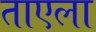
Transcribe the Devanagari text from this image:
ताएला